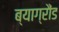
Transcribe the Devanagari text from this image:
ब्याग्रौंड